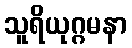
သူရိယုဂ္ဂမနာ